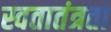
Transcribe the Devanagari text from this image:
स्वतातंत्रता